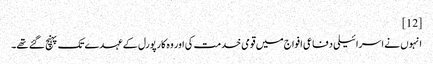
[12]
انہوں نے اسرائیلی دفاعی افواج میں قومی خدمت کی اور وہ کارپورل کے عہدے تک پہنچ گئے تھے۔